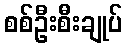
စစ်ဦးစီးချုပ်